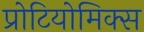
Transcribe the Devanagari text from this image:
प्रोटियोमिक्स